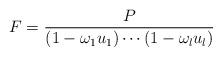
LaTeX: \begin{align*} F = \frac{P}{(1-\omega_1u_1)\cdots (1-\omega_lu_l)} \end{align*}